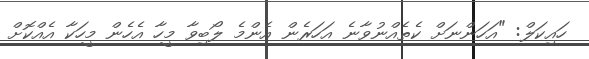
ހައިކަލް: "އަހަންނަށް ކެތެއްނުވާނެ އަހަރެން އެންމެ ލޯބިވާ މީހާ އެހެން މީހަކާ އެއްކޮށް